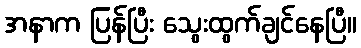
အနာက ပြန်ပြီး သွေးထွက်ချင်နေပြီ။